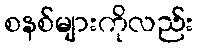
စနစ်များကိုလည်း